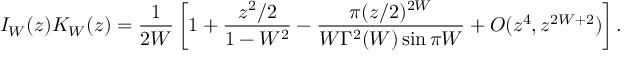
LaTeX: I _ { W } ( z ) K _ { W } ( z ) = \frac { 1 } { 2 W } \left[ 1 + \frac { z ^ { 2 } / 2 } { 1 - W ^ { 2 } } - \frac { \pi ( z / 2 ) ^ { 2 W } } { W \Gamma ^ { 2 } ( W ) \sin \pi W } + O ( z ^ { 4 } , z ^ { 2 W + 2 } ) \right] .